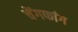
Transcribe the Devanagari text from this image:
चेंगफांग